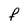
Character: f